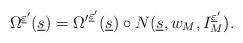
LaTeX: \begin{align*}\Omega ^{\underline{\varepsilon}'}(\underline s)= {\Omega'}^{\underline{\varepsilon}'}(\underline s) \circ N(\underline s,w_M,I_M^{\underline{\varepsilon}'}).\end{align*}